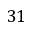
3 1